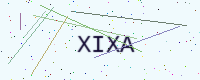
Text: XIXA